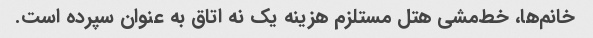
خانم‌ها، خط‌مشی هتل مستلزم هزینه یک نه اتاق به عنوان سپرده است.